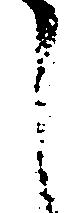
し